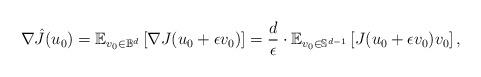
LaTeX: \begin{align*}\nabla \hat{J}(u_{0}) = \mathbb{E}_{v_0 \in \mathbb{B}^d}\left[ \nabla J(u_{0} + \epsilon v_0) \right] = \frac{d}{\epsilon} \cdot \mathbb{E}_{v_0 \in \mathbb{S}^{d-1}}\left[ J(u_{0} + \epsilon v_0)v_0 \right],\end{align*}